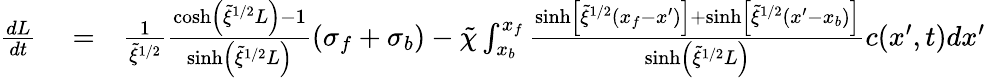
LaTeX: \begin{array}{rlr}{\frac{dL}{dt}}&{{}=}&{\frac{1}{\tilde{\xi}^{1/2}}\frac{\cosh\left(\tilde{\xi}^{1/2}L\right)-1}{\sinh\left(\tilde{\xi}^{1/2}L\right)}(\sigma_{f}+\sigma_{b})-\tilde{\chi}\int_{x_{b}}^{x_{f}}\frac{\sinh\left[\tilde{\xi}^{1/2}(x_{f}-x^{\prime})\right]+\sinh\left[\tilde{\xi}^{1/2}(x^{\prime}-x_{b})\right]}{\sinh\left(\tilde{\xi}^{1/2}L\right)}c(x^{\prime},t)dx^{\prime}}\end{array}